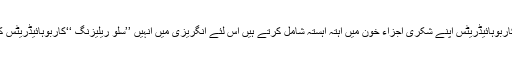
چونکہ یہ کاربوہائیڈریٹس اپنے شکری اجزاء خون میں آہتہ آہستہ شامل کرتے ہیں اس لئے انگریزی میں انہیں ’’سلو ریلیزنگ ‘‘کاربوہائیڈریٹس کہا جاتا ہے۔